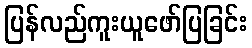
ပြန်လည်ကူးယူဖော်ပြခြင်း